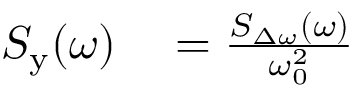
\begin{array} { r l } { S _ { \mathrm { y } } ( \omega ) } & { { } = \frac { S _ { \Delta \omega } ( \omega ) } { \omega _ { 0 } ^ { 2 } } } \end{array}